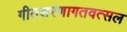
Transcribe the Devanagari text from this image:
गीतशरणागतवत्सल